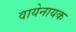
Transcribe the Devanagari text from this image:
वायेनायक